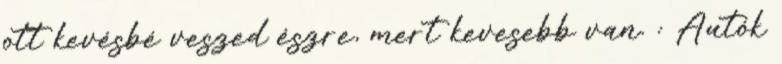
ott kevésbé veszed észre, mert kevesebb van. : Autók